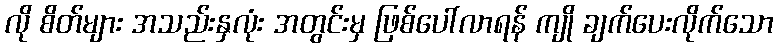
လို စိတ်များ အသည်းနှလုံး အတွင်းမှ ဖြစ်ပေါ်လာရန် ကျို ချက်ပေးလိုက်သော